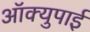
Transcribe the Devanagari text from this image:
ऑक्युपाई